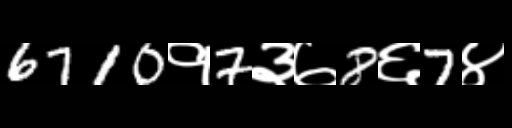
Text: 6710१7३७8६7४